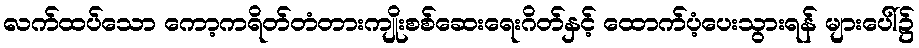
လက်ထပ်သော ကော့ကရိတ်တံတားကျိုးစစ်ဆေးရေးဂိတ်နှင့် ထောက်ပံ့ပေးသွားရန် များပေါ်၌